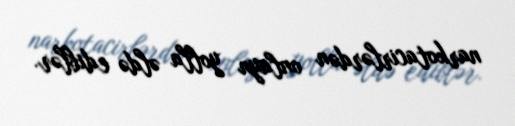
narkotacirlərdən onlayn yolla əldə ediblər.